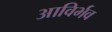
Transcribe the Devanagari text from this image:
आविर्भव